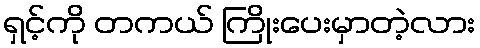
ရှင့်ကို တကယ် ကြိုးပေးမှာတဲ့လား